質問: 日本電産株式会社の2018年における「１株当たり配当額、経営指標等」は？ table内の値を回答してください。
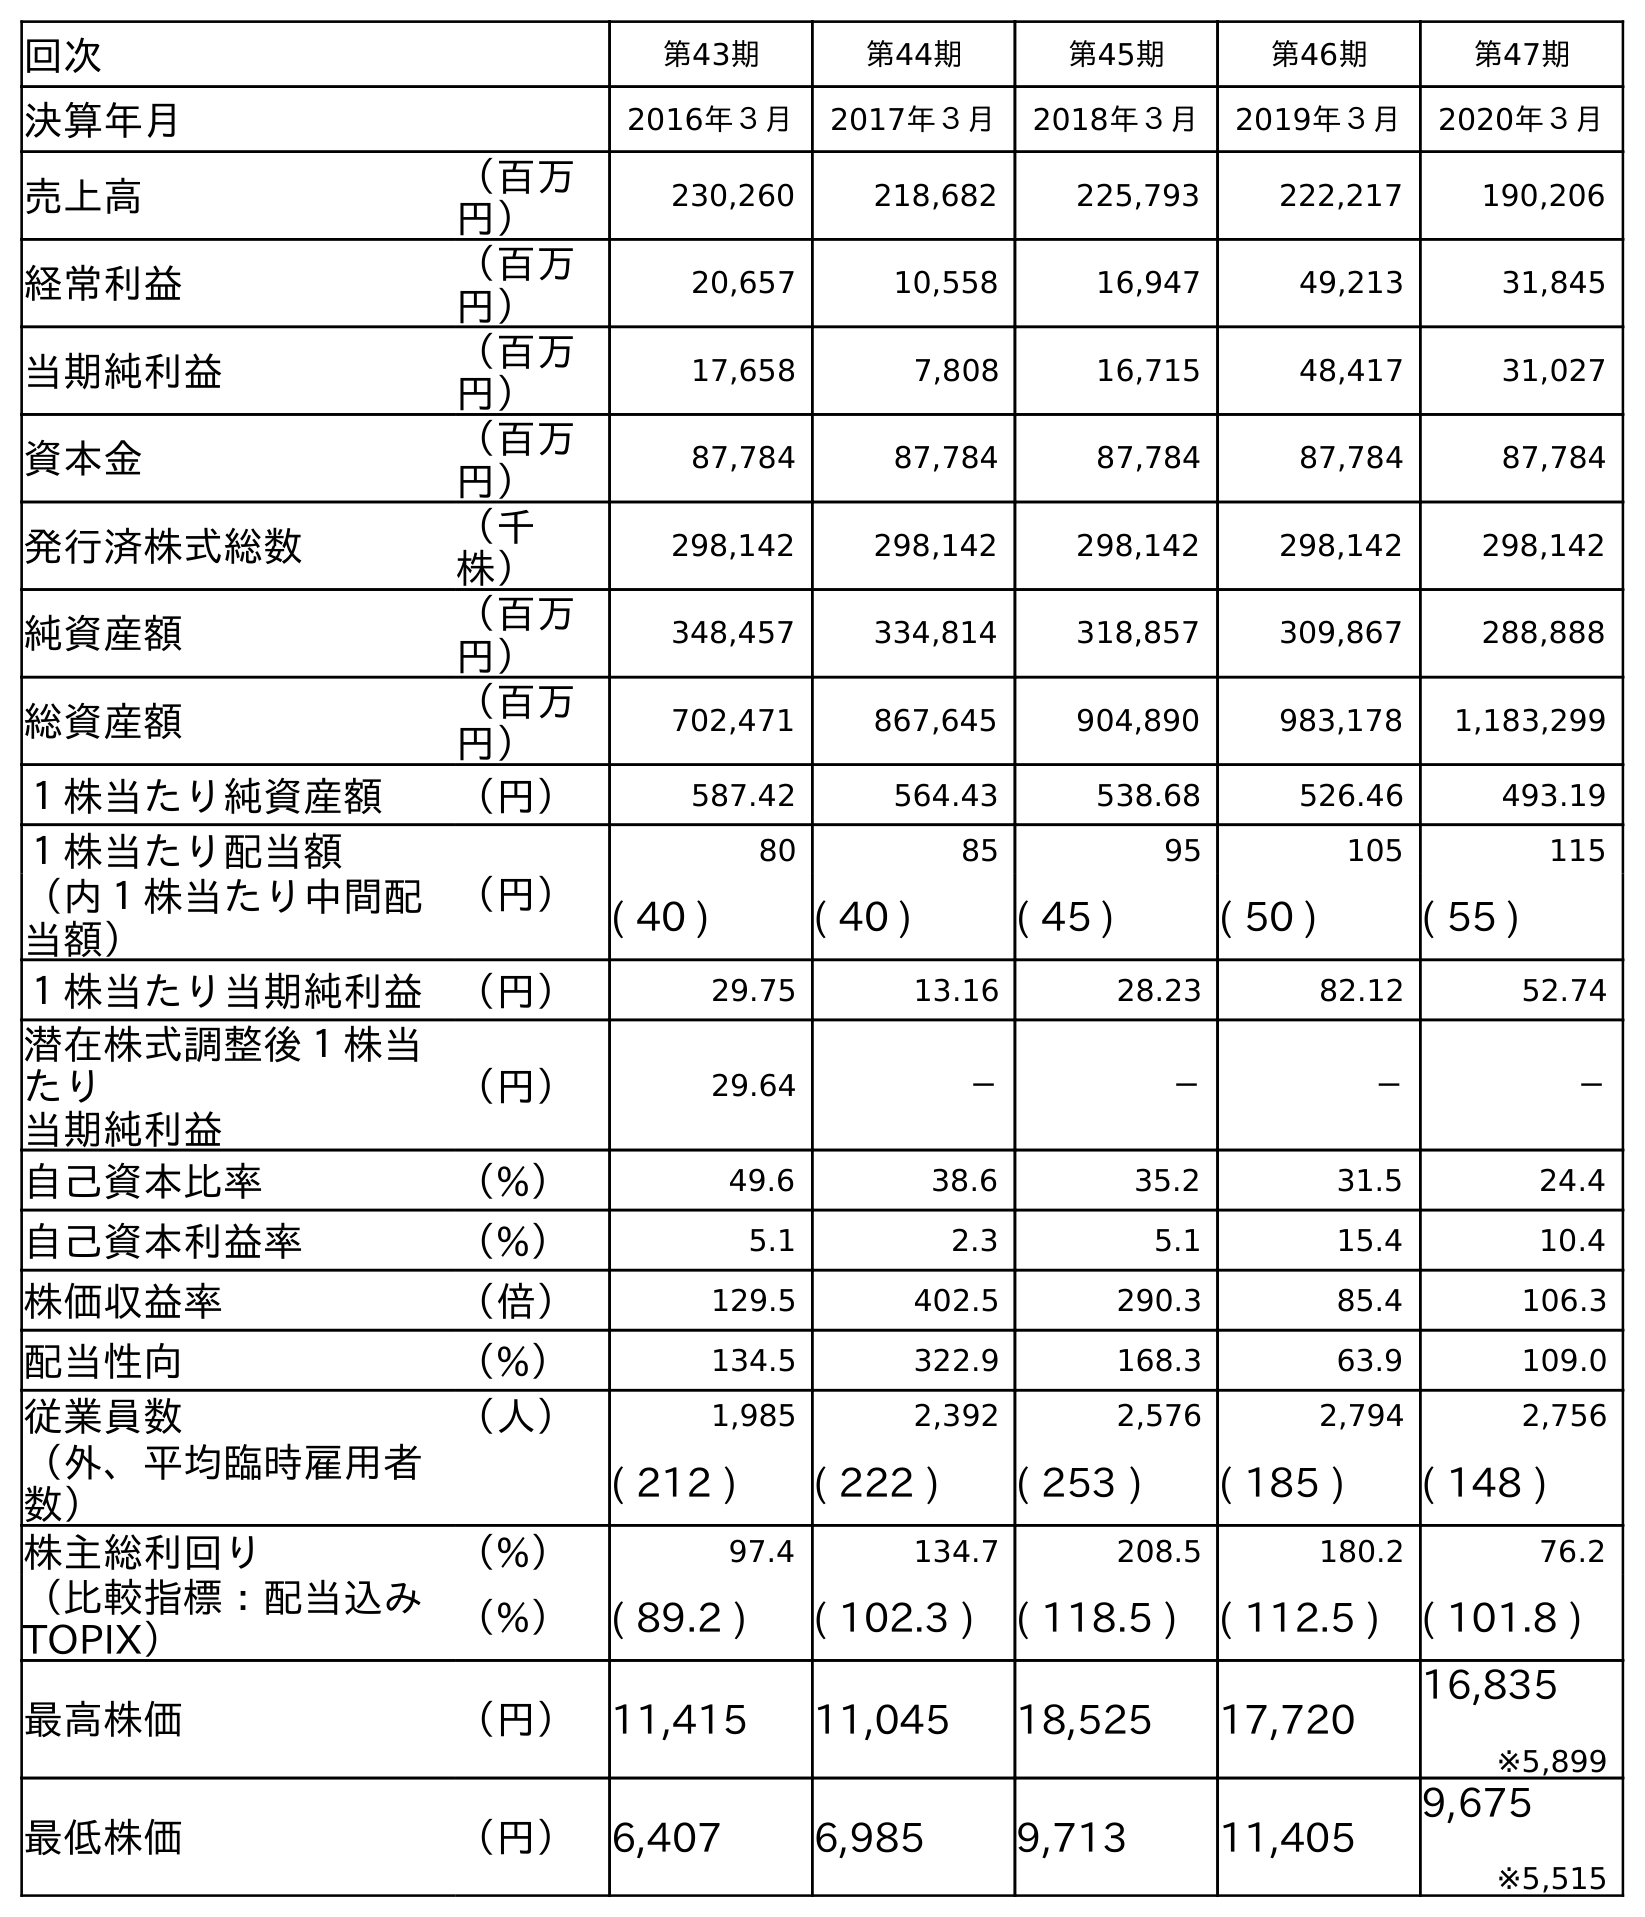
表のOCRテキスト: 回次 第43期 第44期 第45期 第46期 第47期 決算年月 2016年３月 2017年３月 2018年３月 2019年３月 2020年３月 売上高 （百万 円） 230,260 218,682 225,793 222,217 190,206 経常利益 （百万 円） 20,657 10,558 16,947 49,213 31,845 当期純利益 （百万 円） 17,658 7,808 16,715 48,417 31,027 資本金 （百万 円） 87,784 87,784 87,784 87,784 87,784 発行済株式総数 （千 株） 298,142 298,142 298,142 298,142 298,142 純資産額 （百万 円） 348,457 334,814 318,857 309,867 288,888 総資産額 （百万 円） 702,471 867,645 904,890 983,178 1,183,299 １株当たり純資産額 （円） 587.42 564.43 538.68 526.46 493.19 １株当たり配当額 （円） 80 85 95 105 115 （内１株当たり中間配 当額） ( 40 ) ( 40 ) ( 45 ) ( 50 ) ( 55 ) １株当たり当期純利益 （円） 29.75 13.16 28.23 82.12 52.74 潜在株式調整後１株当 たり 当期純利益 （円） 29.64 － － － － 自己資本比率 （%） 49.6 38.6 35.2 31.5 24.4 自己資本利益率 （%） 5.1 2.3 5.1 15.4 10.4 株価収益率 （倍） 129.5 402.5 290.3 85.4 106.3 配当性向 （%） 134.5 322.9 168.3 63.9 109.0 従業員数 （人） 1,985 2,392 2,576 2,794 2,756 （外、平均臨時雇用者 数） ( 212 ) ( 222 ) ( 253 ) ( 185 ) ( 148 ) 株主総利回り （%） 97.4 134.7 208.5 180.2 76.2 （比較指標：配当込み TOPIX） （%） ( 89.2 ) ( 102.3 ) ( 118.5 ) ( 112.5 ) ( 101.8 ) 最高株価 （円） 11,415 11,045 18,525 17,720 16,835 ※5,899 最低株価 （円） 6,407 6,985 9,713 11,405 9,675 ※5,515
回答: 95